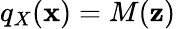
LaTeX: q_{X}(\mathbf{x})=M(\mathbf{z})